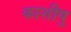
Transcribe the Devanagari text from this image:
काशीषु